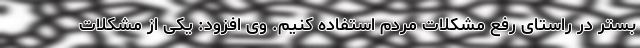
بستر در راستای رفع مشکلات مردم استفاده کنیم. وی افزود: یکی از مشکلات